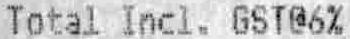
TOTAL INCL. GST@6%